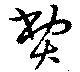
費